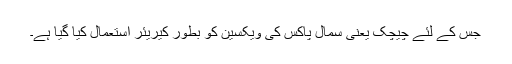
جس کے لئے چیچک یعنی سمال پاکس کی ویکسین کو بطور کیریئر استعمال کیا گیا ہے۔